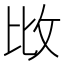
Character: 𢻹